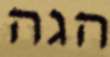
הגה